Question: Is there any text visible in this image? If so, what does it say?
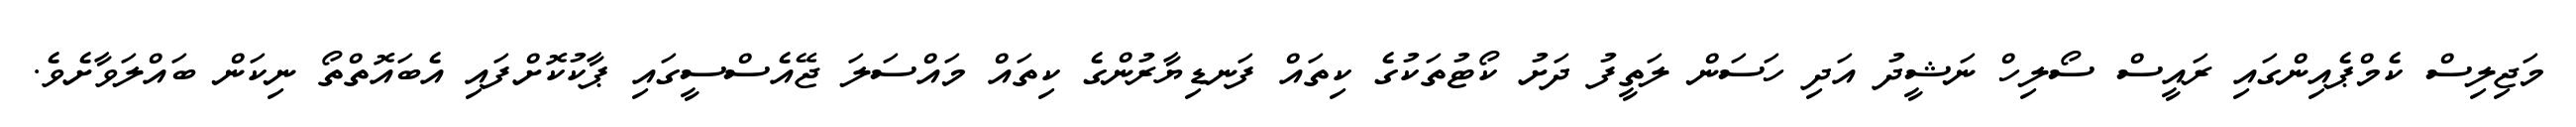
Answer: މަޖިލިސް ކެމްޕެއިންގައި ރައީސް ސޯލިހް ނަޝީދު އަދި ހަސަން ލަތީފު ދަށު ކޯޓުތަކުގެ ކިތައް ފަނޑިޔާރުންގެ ކިތައް މައްސަލަ ޖޭއެސްސީގައި ޕާކުކޮށްފައި އެބައޮތްތޯ ނިކަން ބައްލަވާށެވެ.